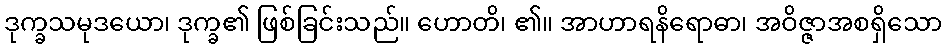
ဒုက္ခသမုဒယော၊ ဒုက္ခ၏ ဖြစ်ခြင်းသည်။ ဟောတိ၊ ၏။ အာဟာရနိရောဓာ၊ အဝိဇ္ဇာအစရှိသော